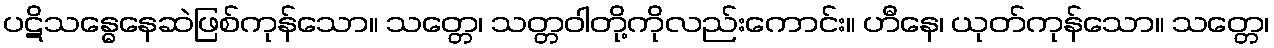
ပဋိသန္ဓေနေဆဲဖြစ်ကုန်သော။ သတ္တေ၊ သတ္တဝါတို့ကိုလည်းကောင်း။ ဟီနေ၊ ယုတ်ကုန်သော။ သတ္တေ၊